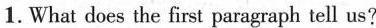
1.What does the first paragraph tell us?